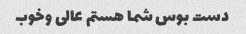
دست بوس شما هستم عالی وخوب